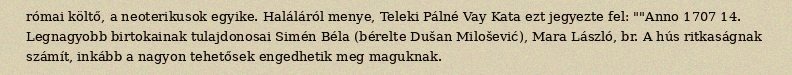
római költő, a neoterikusok egyike. Haláláról menye, Teleki Pálné Vay Kata ezt jegyezte fel: ""Anno 1707 14. Legnagyobb birtokainak tulajdonosai Simén Béla (bérelte Dušan Milošević), Mara László, br. A hús ritkaságnak számít, inkább a nagyon tehetősek engedhetik meg maguknak.